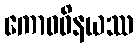
ကောဓဝိနယဿ